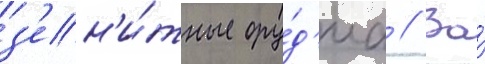
з'ен'и́тные ору́д'иа // За́